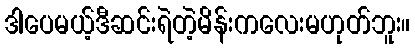
ဒါပေမယ့်ဒီဆင်းရဲတဲ့မိန်းကလေးမဟုတ်ဘူး။